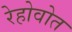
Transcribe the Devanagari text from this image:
रेहोवोत